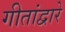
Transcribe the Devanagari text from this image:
गीतांद्वारे